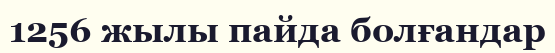
1256 жылы пайда болғандар